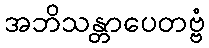
အဘိသန္တာပေတဗ္ဗံ